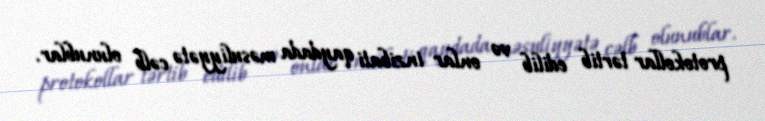
protokollar tərtib edilib və onlar inzibati qaydada məsuliyyətə cəlb olunublar.